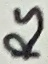
Text: RS